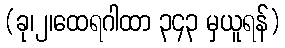
(ခု၊၂၊ထေရဂါထာ ၃၄၃ မှယူရန်)